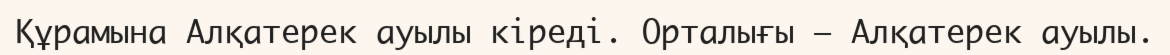
Құрамына Алқатерек ауылы кіреді. Орталығы – Алқатерек ауылы.